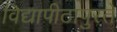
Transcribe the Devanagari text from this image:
विद्यापीठापुरते